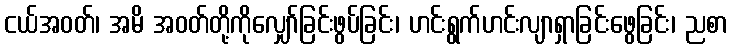
ငယ်အဝတ်၊ အမိ အဝတ်တို့ကိုလျှော်ခြင်းဖွပ်ခြင်း၊ ဟင်းရွက်ဟင်းလျာရှာခြင်းဖွေခြင်း၊ ညစာ